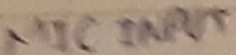
Text: MIC INPUT